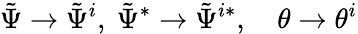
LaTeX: \tilde{\Psi}\rightarrow\tilde{\Psi}^{i},\ \tilde{\Psi}^{*}\rightarrow\tilde{\Psi}^{i*},\quad\theta\rightarrow\theta^{i}